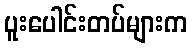
ပူးပေါင်းတပ်များက